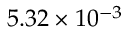
5 . 3 2 \times 1 0 ^ { - 3 }